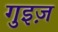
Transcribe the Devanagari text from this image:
गुइज़